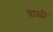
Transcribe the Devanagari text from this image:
घाळी